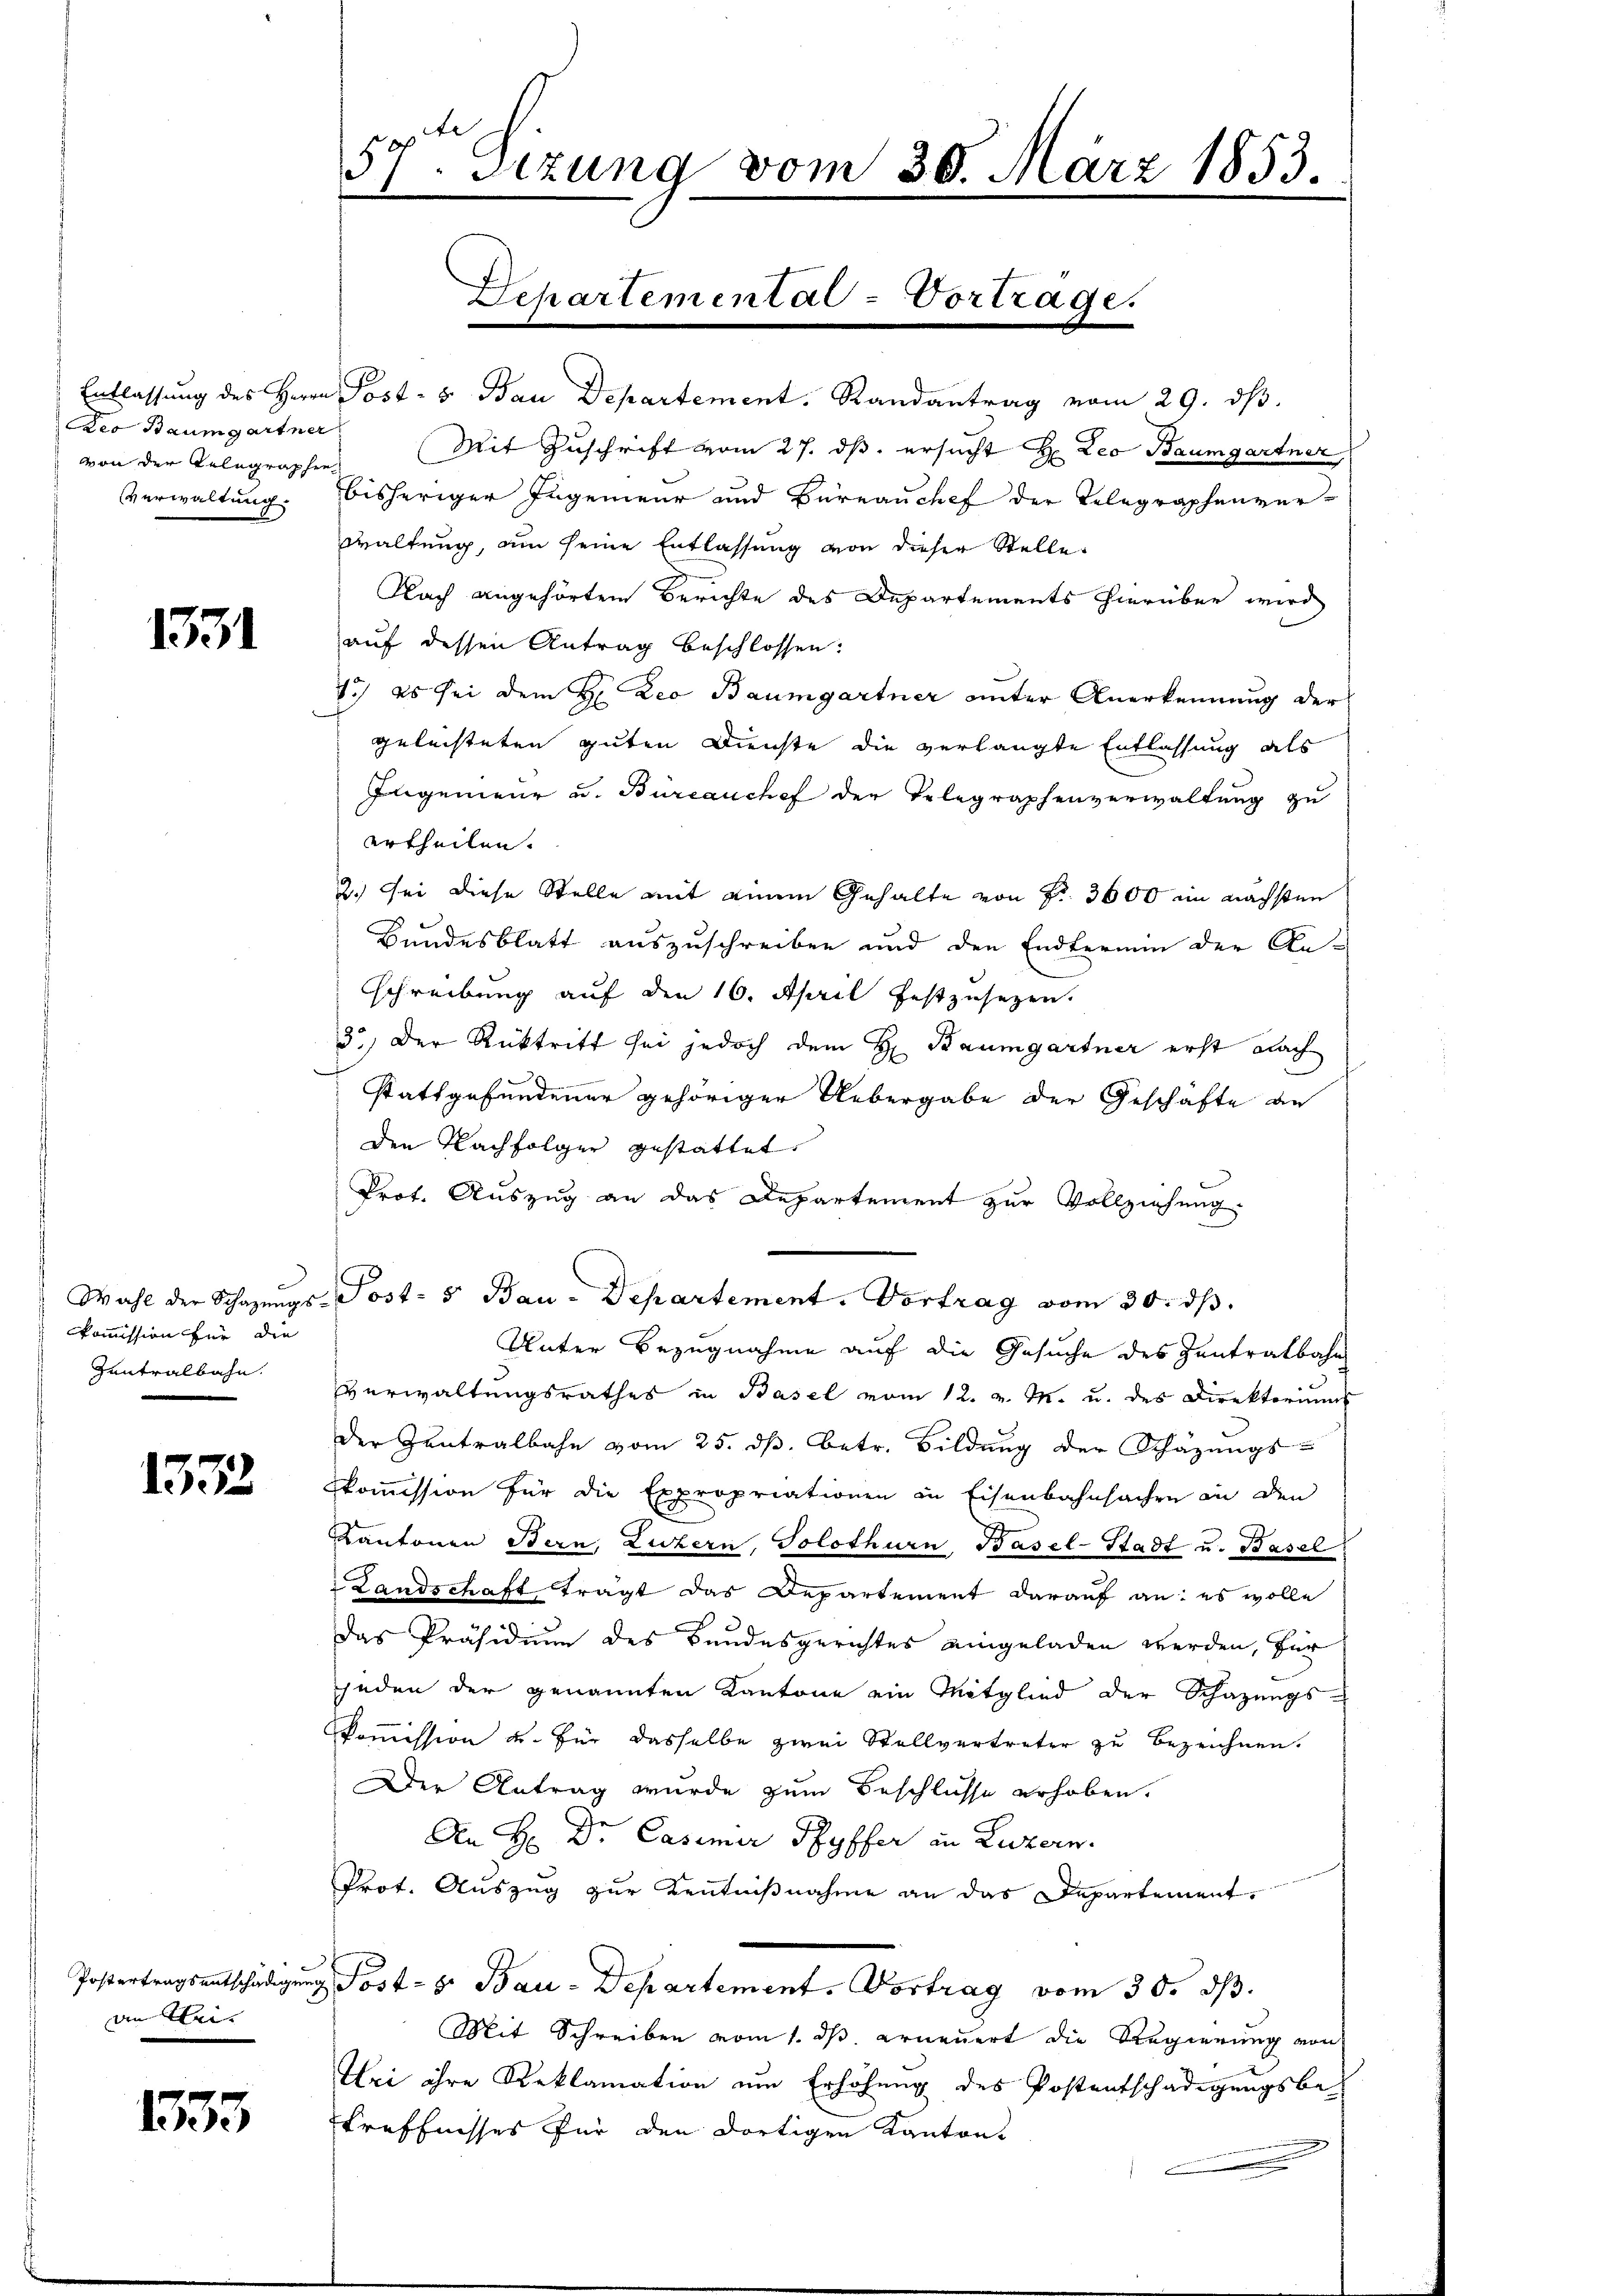
Deo Baumgartner
von der Telegraphen

1331

kommission für die
Zentralbahn.

1372

an Klei- |

1533

Entlassung des Herrn Post- & Bau Departement. Randantrag vom 29. dβ.
Mit Zuschrift vom 27. ds. ersucht H: Leo Baumgartner,
Verwaltung. Bisheriger Ingenieur und Büreauchef der Telegraphenver-
waltung, um seine Entlassung von dieser Stelle
Nach angehörten Berichte des Departements hierüber wird
auf dessen Antrag beschlossen:
7.) Es sei dem H: Leo Baumgartner unter Anerkennung der
geleisteten guten Dienste die verlangte Entlassung als
Ingenieur u. Bureauchef der Telegraphenverwaltung zu
ertheilen.
2.) Sei diese Stelle mit einem Gehalte von Fr. 3600 im nächsten
Bundesblatt auszuschreiben und den Endtermin der An-
schreibung auf den 16. April festzusetzen.
3.) Der Rücktritt sei jedoch dem H. Baumgartner erst nach
stattgefundener gehöriger Uebergabe der Geschäfte an
Den Nachfolger gestattet,
Prot. Auszug an das Departement zur Vollziehung
Wahl der Schazungs-Post- 5 Bau-Departement. Vortrag vom 30. ds.
Unter Bezugnahme auf die Gesuche des Zentratbahn
Verwaltungsrathes in Basel vom 12. v. M. u. des Direktoriums
der Zentralbahn vom 25. ds. betr. Bildung der Schazungs-
kommission für die Expropriationen in Eisenbahnsachen in den
Kantonen Bern, Luzern, Solothurn, Basel-Stadt u. Basel
Landschaft trägt das Departement darauf an: es wolle
Das Präsidium des Bundesgerichtes eingeladen werden, für
jeden der genannten Kantone ein Mitglied der Schazungs-
Commission u. für dasselbe zwei Stellvertreter zu bezeichnen.
Der Antrag wurde zum Beschlüsse erhoben.
An H: Dr. Casimir Pfyffer in Luzern.
Prot. Auszug zur Kentnißnahme an das Departement,
Postertragsentschädigung Post- 8. Bau-Departement. Vortrag vom 30. ds.
Mit Schreiben vom 1. ds. erneuert die Regierung von
Uri ihre Reklamation um Erhöhung des Postentschädigungsbetreffnisses für den dortigen Kanton

57t Sizung vom 30. März 1853.

Separtemental-Vortrage.